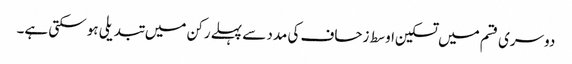
دوسری قسم میں تسکین اوسط زحاف کی مدد سے پہلے رکن میں تبدیلی ہو سکتی ہے۔